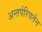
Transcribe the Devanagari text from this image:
अन्तर्परिवर्तन